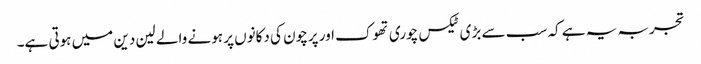
تجربہ یہ ہے کہ سب سے بڑی ٹیکس چوری تھوک اور پرچون کی دکانوں پر ہونے والے لین دین میں ہوتی ہے۔